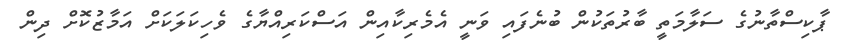
ޕާކިސްތާނުގެ ސަލާމަތީ ބާރުތަކުން ބުނެފައި ވަނީ އެމެރިކާއިން އަސްކަރިއްޔާގެ ވެހިކަލަކަށް އަމާޒުކޮށް ދިން